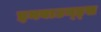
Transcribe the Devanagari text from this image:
इनबाउन्ड्स